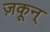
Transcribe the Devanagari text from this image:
ज़कून्